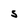
Character: S